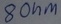
Text: 8Ohm